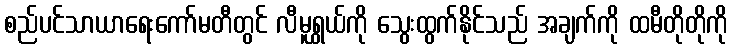
စည်ပင်သာယာရေးကော်မတီတွင် လီမူရွှယ်ကို သွေးထွက်နိုင်သည် အချက်ကို ထမီတိုတိုကို